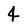
Character: 4